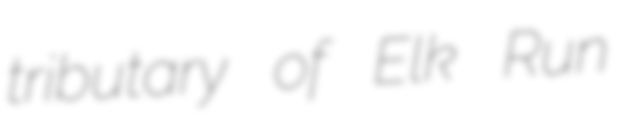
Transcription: tributary of Elk Run